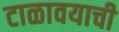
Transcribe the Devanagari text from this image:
टाळावयाची